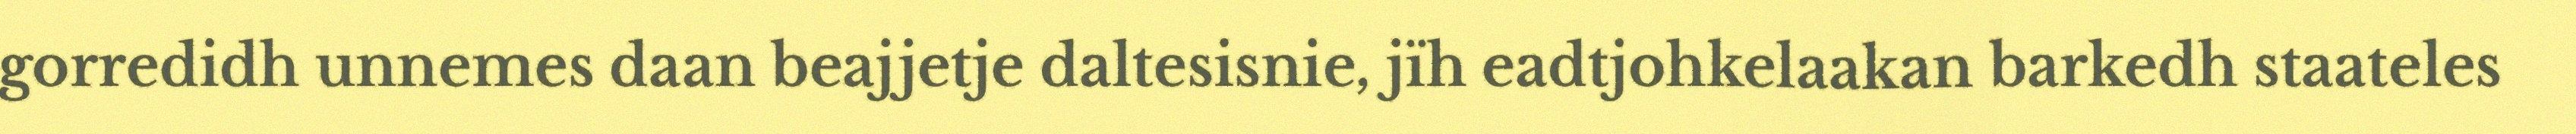
gorredidh unnemes daan beajjetje daltesisnie, jïh eadtjohkelaakan barkedh staateles